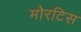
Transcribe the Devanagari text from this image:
मोरटिस